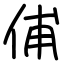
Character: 俌